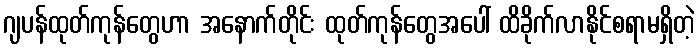
ဂျပန်ထုတ်ကုန်တွေဟာ အနောက်တိုင်း ထုတ်ကုန်တွေအပေါ် ထိခိုက်လာနိုင်စရာမရှိတဲ့